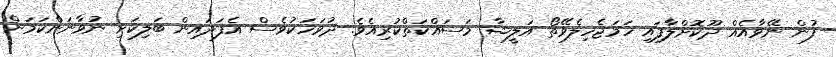
ފުން ނޭވާއެއް ދޫކޮށްލާފައި ހަމަޖެހިލެވޭތޯ އަލީޝާ މަސައްކަތްކުރިއެވެ. ދުވަހަކުވެސް އެފަދައިން ބަލިކަށި ނުވާނަންކަމަށް